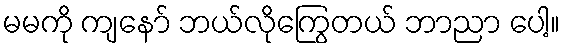
မမကို ကျနော် ဘယ်လိုကြွေတယ် ဘာညာ ပေါ့။